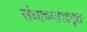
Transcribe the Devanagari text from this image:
संघाच्याअमृत